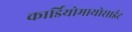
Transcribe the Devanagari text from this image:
कार्डियोमायोसाईट